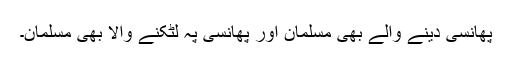
پھانسی دینے والے بھی مسلمان اور پھانسی پہ لٹکنے والا بھی مسلمان۔